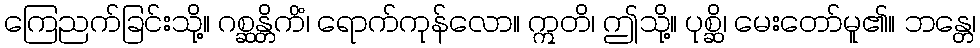
ကြေညက်ခြင်းသို့။ ဂစ္ဆန္တိကိံ၊ ရောက်ကုန်လော။ ဣတိ၊ ဤသို့။ ပုစ္ဆိ၊ မေးတော်မူ၏။ ဘန္တေ၊